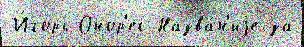
И́горь Онор'ес Назва́н'иjе за